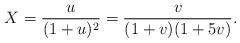
LaTeX: \begin{align*}X&=\frac{u}{(1+u)^{2}}=\frac{v}{(1+v)(1+5v)}.\end{align*}